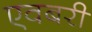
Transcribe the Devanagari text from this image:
एवबरी